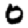
Digit: 0